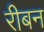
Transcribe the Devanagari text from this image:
रीबन